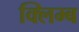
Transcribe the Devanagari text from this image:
क्लिम्ब